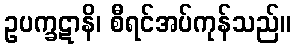
ဥပက္ခဋာနိ၊ စီရင်အပ်ကုန်သည်။